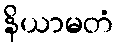
နိယာမတံ